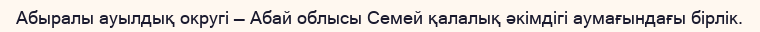
Абыралы ауылдық округі — Абай облысы Семей қалалық әкімдігі аумағындағы бірлік.